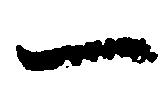
一